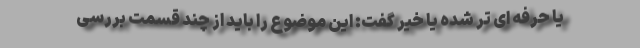
یا حرفه ای تر شده یا خیر گفت: این موضوع را باید از چند قسمت بررسی